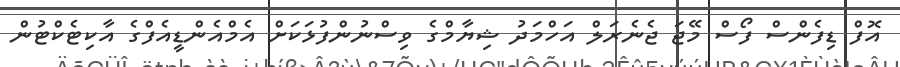
އޮފް ޑިފެންސް ފޯސް މޭޖަ ޖެނެރަލް އަހްމަދު ޝިޔާމްގެ ވިސްނުންފުޅަކަށް އެމްއެންޑީއެފްގެ އާކިޓެކްޓުން